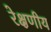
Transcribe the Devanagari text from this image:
रेक्षणीय